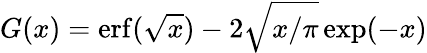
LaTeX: G(x)=\mathrm{erf}(\sqrt{x})-2\sqrt{x/\pi}\exp(-x)